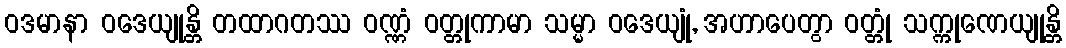
ဝဒမာနာ ဝဒေယျုန္တိ တထာဂတဿ ဝဏ္ဏံ ဝတ္တုကာမာ သမ္မာ ဝဒေယျုံ, အဟာပေတွာ ဝတ္တုံ သက္ကုဏေယျုန္တိ